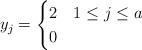
LaTeX: \begin{align*}y_j=\begin{cases}2&1\leq j\leq a\\0 &\end{cases}\end{align*}